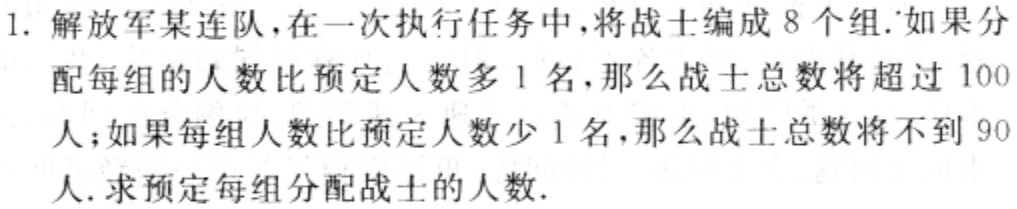
1. 解放军某连队，在一次执行任务中，将战士编成 8 个组.如果分配每组的人数比预定人数多 1 名，那么战士总数将超过 100人；如果每组人数比预定人数少 1 名，那么战士总数将不到 90人.求预定每组分配战士的人数.